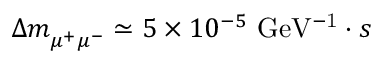
\Delta m _ { \mu ^ { + } \mu ^ { - } } ^ { } \simeq 5 \times 1 0 ^ { - 5 } ~ \mathrm { G e V ^ { - 1 } } \cdot s